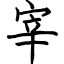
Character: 宰